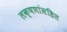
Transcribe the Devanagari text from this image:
लक्षणांसहित